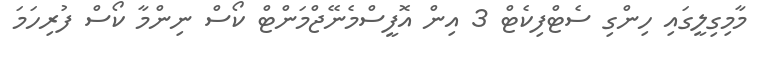
މާމިގިލީގައި ހިންގި ސެޓްފިކެޓް 3 އިން އޮފީސްމެނޭޖްމަންޓް ކޯސް ނިންމާ ކޯސް ފުރިހަމަ